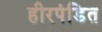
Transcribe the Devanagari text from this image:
हीरपंडित